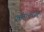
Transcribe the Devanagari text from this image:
कर्तृत्त्वातून